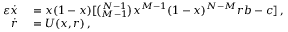
\begin{array} { r l } { \varepsilon \dot { x } } & { { } = x ( 1 - x ) [ \binom { N - 1 } { M - 1 } x ^ { M - 1 } ( 1 - x ) ^ { N - M } r b - c ] \, , } \\ { \dot { r } } & { { } = U ( x , r ) \, , } \end{array}